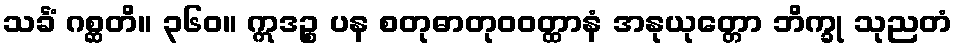
သင်္ခံ ဂစ္ဆတိ။ ၃၆၀။ ဣဒဉ္စ ပန စတုဓာတုဝဝတ္ထာနံ အနုယုတ္တော ဘိက္ခု သုညတံ